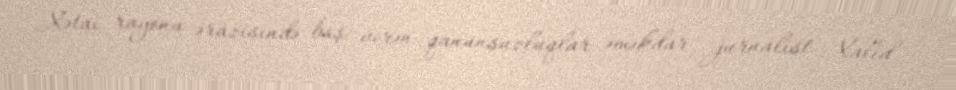
Xətai rayonu ərazisində baş verən qanunsuzluqlar əməkdar jurnalist Xalid